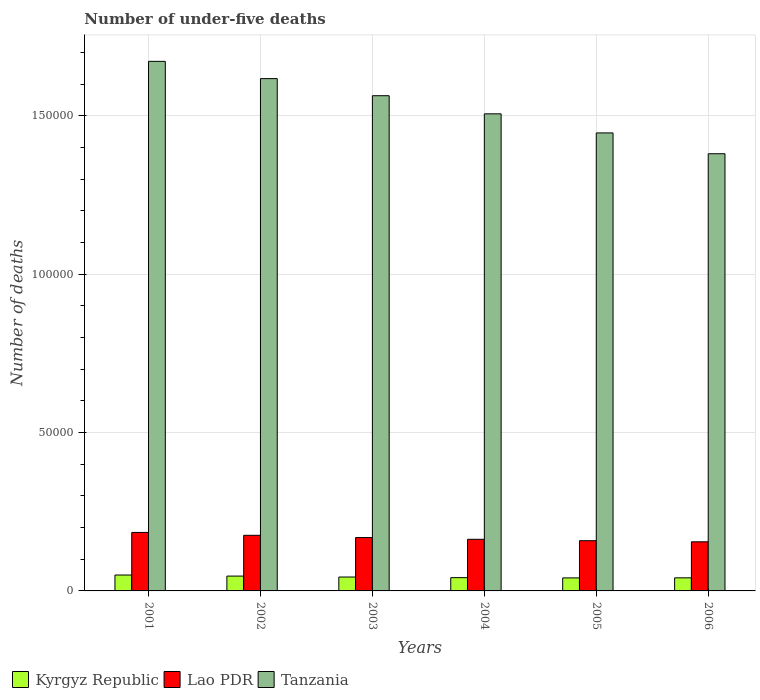
| Years | Kyrgyz Republic | Lao PDR | Tanzania |
 | --- | --- | --- | --- |
 | 2001 | 5.02e+03 | 1.85e+04 | 1.67e+05 |
 | 2002 | 4.68e+03 | 1.76e+04 | 1.62e+05 |
 | 2003 | 4.39e+03 | 1.68e+04 | 1.56e+05 |
 | 2004 | 4.19e+03 | 1.63e+04 | 1.51e+05 |
 | 2005 | 4.11e+03 | 1.59e+04 | 1.45e+05 |
 | 2006 | 4.13e+03 | 1.55e+04 | 1.38e+05 |